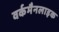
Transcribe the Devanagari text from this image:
वर्कमैनलाइक